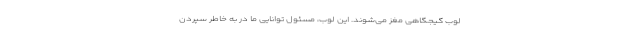
لوب گیجگاهی مغز می‌شوند. این لوب، مسئول توانایی ما در به‌ خاطر سپردن